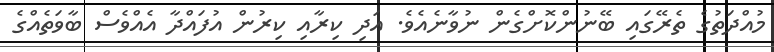
މުއްދަތުގެ ތެރޭގައި ބޭނުންކޮށްގެން ނުވާނެއެވެ. އަދި ކިރާއި ކިރުން އުފައްދާ އެއްވެސް ބާވަތެއްގެ